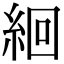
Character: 絗